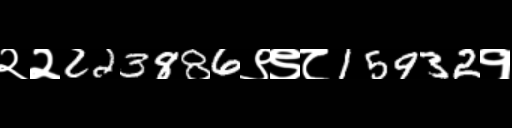
Text: २२223886९९८15932१